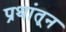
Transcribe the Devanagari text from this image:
प्रथांतून